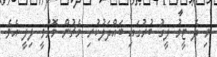
މި ދެ ޓީމު ލީގު ބުރުގައި ބައްދަލުކުރި މެޗުން މޮޅުވީ ލިލީ އެވެ.